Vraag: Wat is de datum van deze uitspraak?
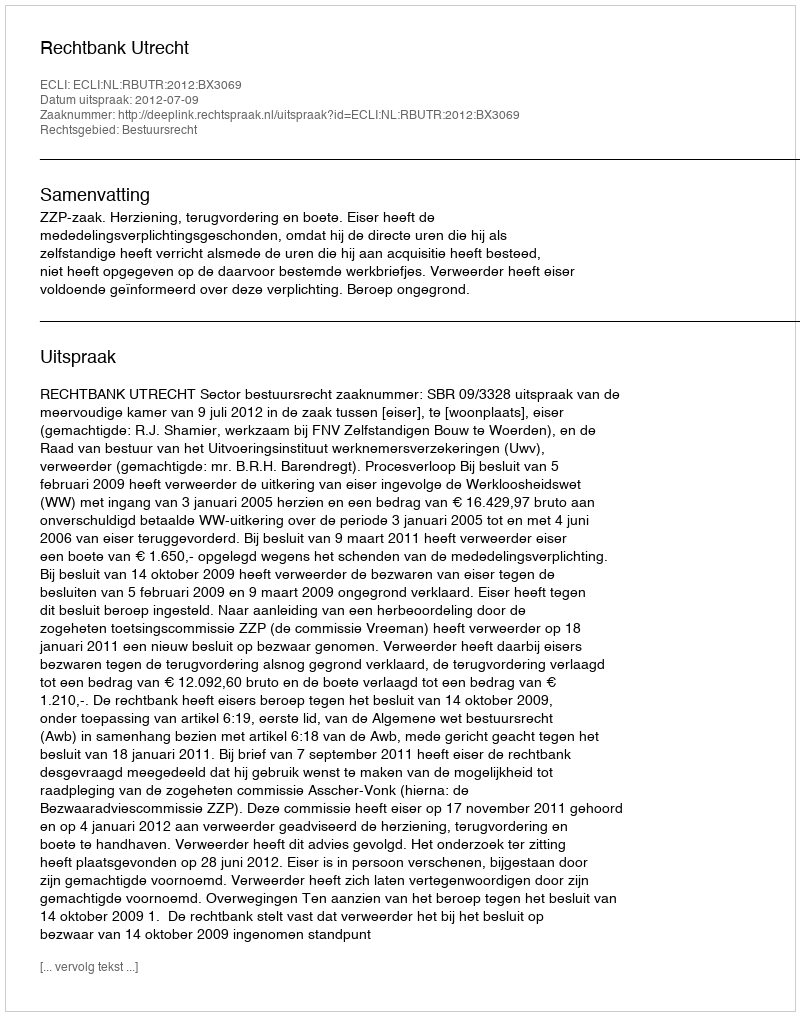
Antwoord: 2012-07-09